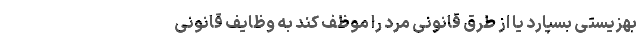
بهزیستی بسپارد یا از طُرُق قانونی مرد را موظف کند به وظایف قانونی